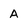
Character: A